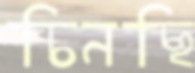
চিনছি